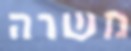
משרה